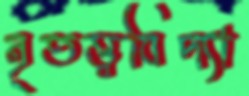
নৃতত্ত্ববিদ্যা